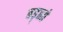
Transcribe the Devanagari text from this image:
बड़्हते